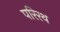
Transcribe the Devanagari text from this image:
परिरथ